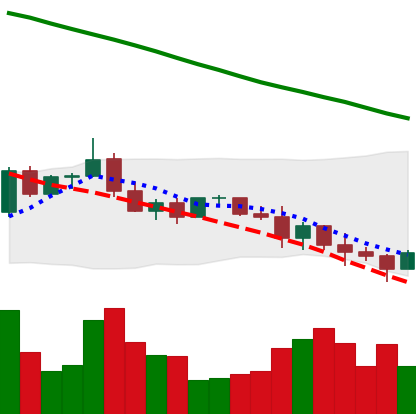
Ticker: ADA-USD
Chart end date: 2022-01-11
Forward return: 18.744%
Label: up_7plus